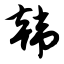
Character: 韩